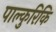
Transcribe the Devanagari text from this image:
पाल्कुरिकि